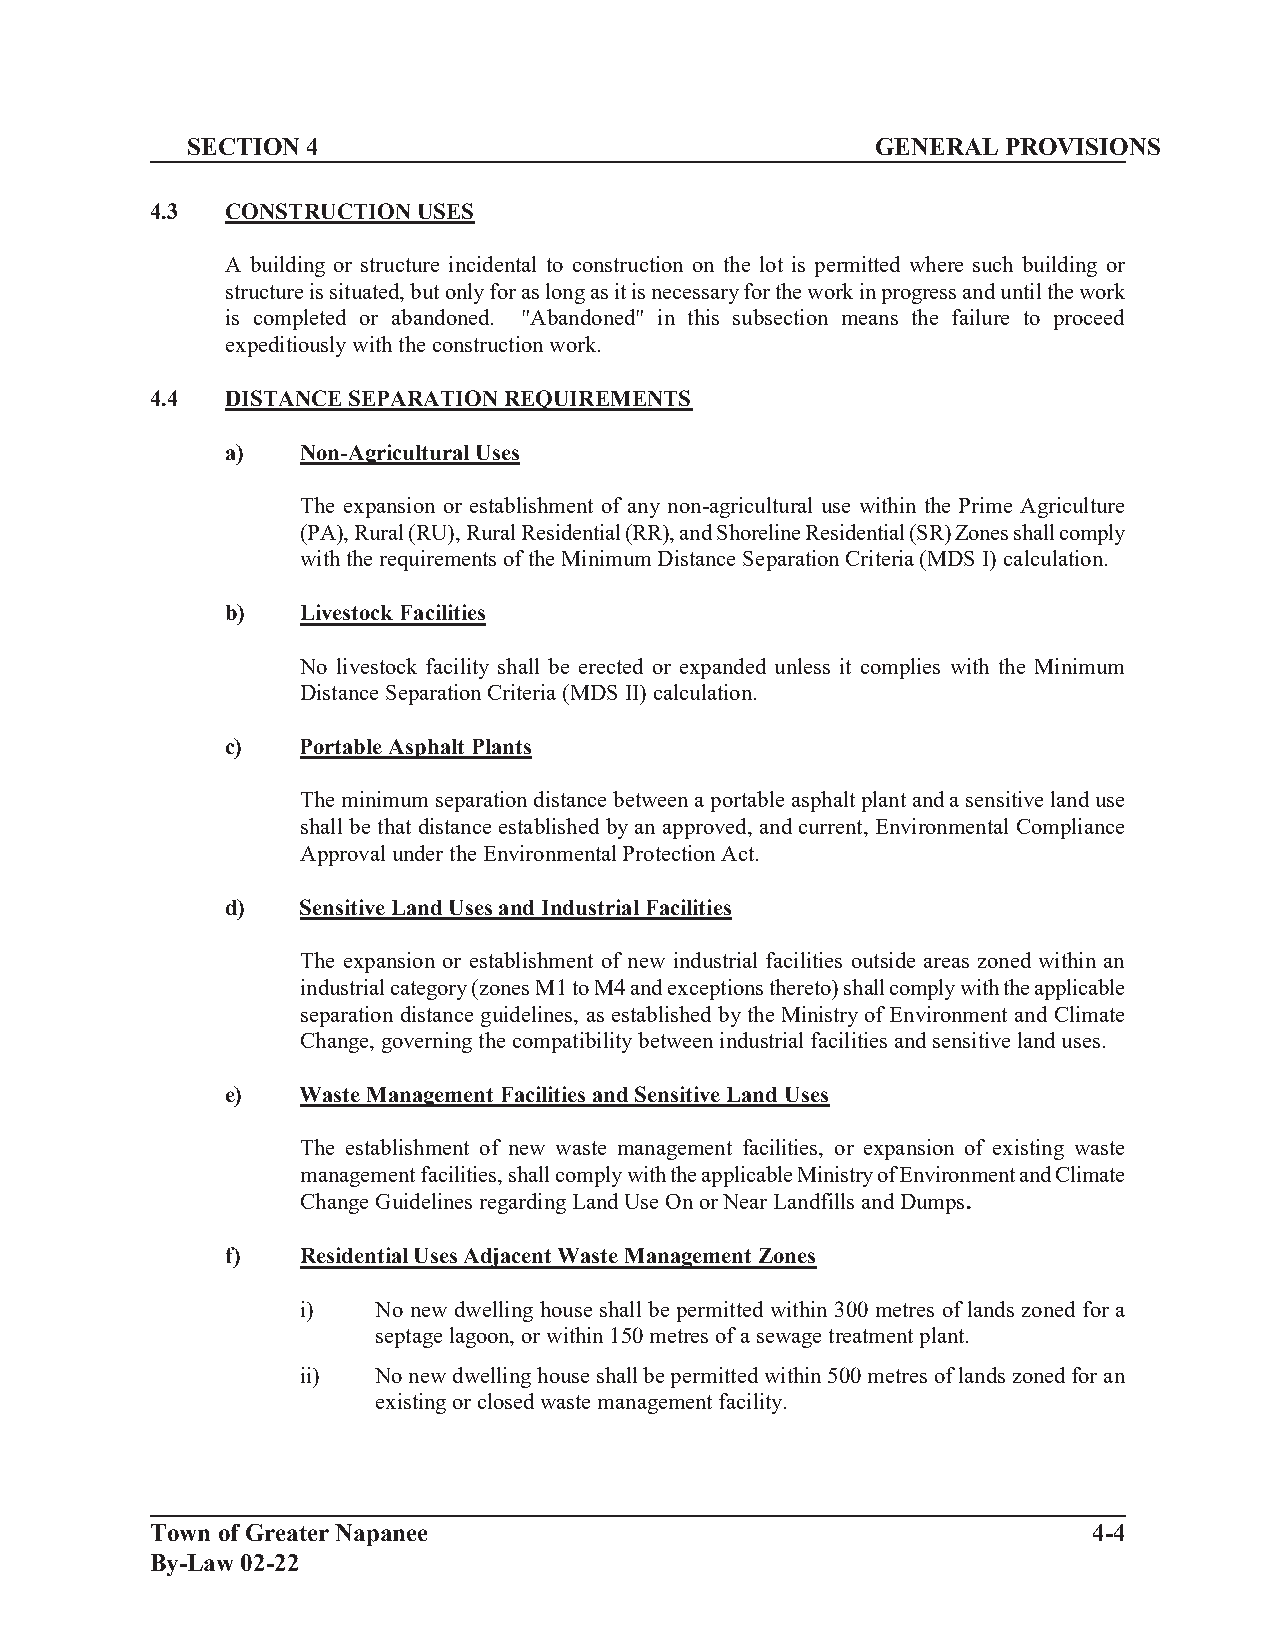
SECTION 4                                     GENERAL  PROVISIONS
 4.3  CONSTRUCTION USES
 A building or structure incidental to construction on the lot is permitted where such building or
 structure is situated, but only for as long as it is necessary for the work in progress and until the work
 is completed or abandoned. "Abandoned" in this subsection means the failure to proceed
 expeditiously with the construction work.
 4.4  DISTANCE SEPARATION REQUIREMENTS
 a)   Non-Agricultural Uses
 The expansion or establishment of any non-agricultural use within the Prime Agriculture
 (PA), Rural (RU), Rural Residential (RR), and Shoreline Residential (SR) Zones shall comply
 with the requirements of the Minimum Distance Separation Criteria (MDS I) calculation.
 b)   Livestock Facilities
 No livestock facility shall be erected or expanded unless it complies with the Minimum
 Distance Separation Criteria (MDS II) calculation.
 c)   Portable Asphalt Plants
 The minimum separation distance between a portable asphalt plant and a sensitive land use
 shall be that distance established by an approved, and current, Environmental Compliance
 Approval under the Environmental Protection Act.
 d)   Sensitive Land Uses and Industrial Facilities
 The expansion or establishment of new industrial facilities outside areas zoned within an
 industrial category (zones M1 to M4 and exceptions thereto) shall comply with the applicable
 separation distance guidelines, as established by the Ministry of Environment and Climate
 Change, governing the compatibility between industrial facilities and sensitive land uses.
 e)   Waste Management Facilities and Sensitive Land Uses
 The establishment of new waste management facilities, or expansion of existing waste
 management facilities, shall comply with the applicable Ministry of Environment and Climate
 Change Guidelines regarding Land Use On or Near Landfills and Dumps.
 f)   Residential Uses Adjacent Waste Management Zones
 i)   No new dwelling house shall be permitted within 300 metres of lands zoned for a
 septage lagoon, or within 150 metres of a sewage treatment plant.
 ii)  No new dwelling house shall be permitted within 500 metres of lands zoned for an
 existing or closed waste management facility.
 Town of Greater Napanee                                       4-4
 By-Law 02-22